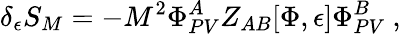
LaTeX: \delta_{\epsilon}S_{M}=-M^{2}\Phi_{PV}^{A}Z_{AB}[\Phi,\epsilon]\Phi_{PV}^{B}\ ,